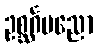
ဥစ္ဆင်္ဂပညော